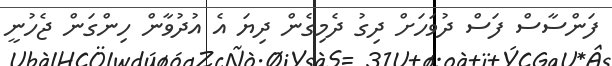
ފަންސާސް ފަސް ދުވަހަށް ދިގު ދެމިގެން ދިޔަ އެ އުދުވާން ހިންގަން ޖެހުނީ